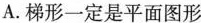
A. 梯形一定是平面图形